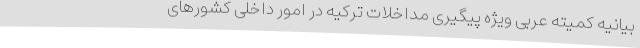
بیانیه کمیته عربی ویژه پیگیری مداخلات ترکیه در امور داخلی کشورهای